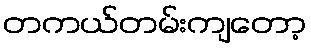
တကယ်တမ်းကျတော့